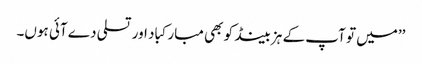
’’میں تو آپ کے ہزبینڈ کو بھی مبارکباد اور تسلی دے آئی ہوں۔